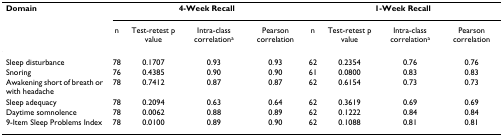
<table><thead><tr><td><b>Domain</b></td><td colspan="4"><b>4-Week Recall</b></td><td colspan="4"><b>1-Week Recall</b></td></tr><tr><td></td><td><b>n</b></td><td><b>Test-retest p value</b></td><td><b>Intra-class correlation<sup>a</sup></b></td><td><b>Pearson correlation</b></td><td><b>n</b></td><td><b>Test-retest p value</b></td><td><b>Intra-class correlation<sup>a</sup></b></td><td><b>Pearson correlation</b></td></tr></thead><tbody><tr><td>Sleep disturbance</td><td>78</td><td>0.1707</td><td>0.93</td><td>0.93</td><td>62</td><td>0.2354</td><td>0.76</td><td>0.76</td></tr><tr><td>Snoring</td><td>76</td><td>0.4385</td><td>0.90</td><td>0.90</td><td>61</td><td>0.0800</td><td>0.83</td><td>0.83</td></tr><tr><td>Awakening short of breath or with headache</td><td>78</td><td>0.7412</td><td>0.87</td><td>0.87</td><td>62</td><td>0.6154</td><td>0.73</td><td>0.73</td></tr><tr><td>Sleep adequacy</td><td>78</td><td>0.2094</td><td>0.63</td><td>0.64</td><td>62</td><td>0.3619</td><td>0.69</td><td>0.69</td></tr><tr><td>Daytime somnolence</td><td>78</td><td>0.0062</td><td>0.88</td><td>0.89</td><td>62</td><td>0.1222</td><td>0.84</td><td>0.84</td></tr><tr><td>9-Item Sleep Problems Index</td><td>78</td><td>0.0100</td><td>0.89</td><td>0.90</td><td>62</td><td>0.1088</td><td>0.81</td><td>0.81</td></tr></tbody></table>